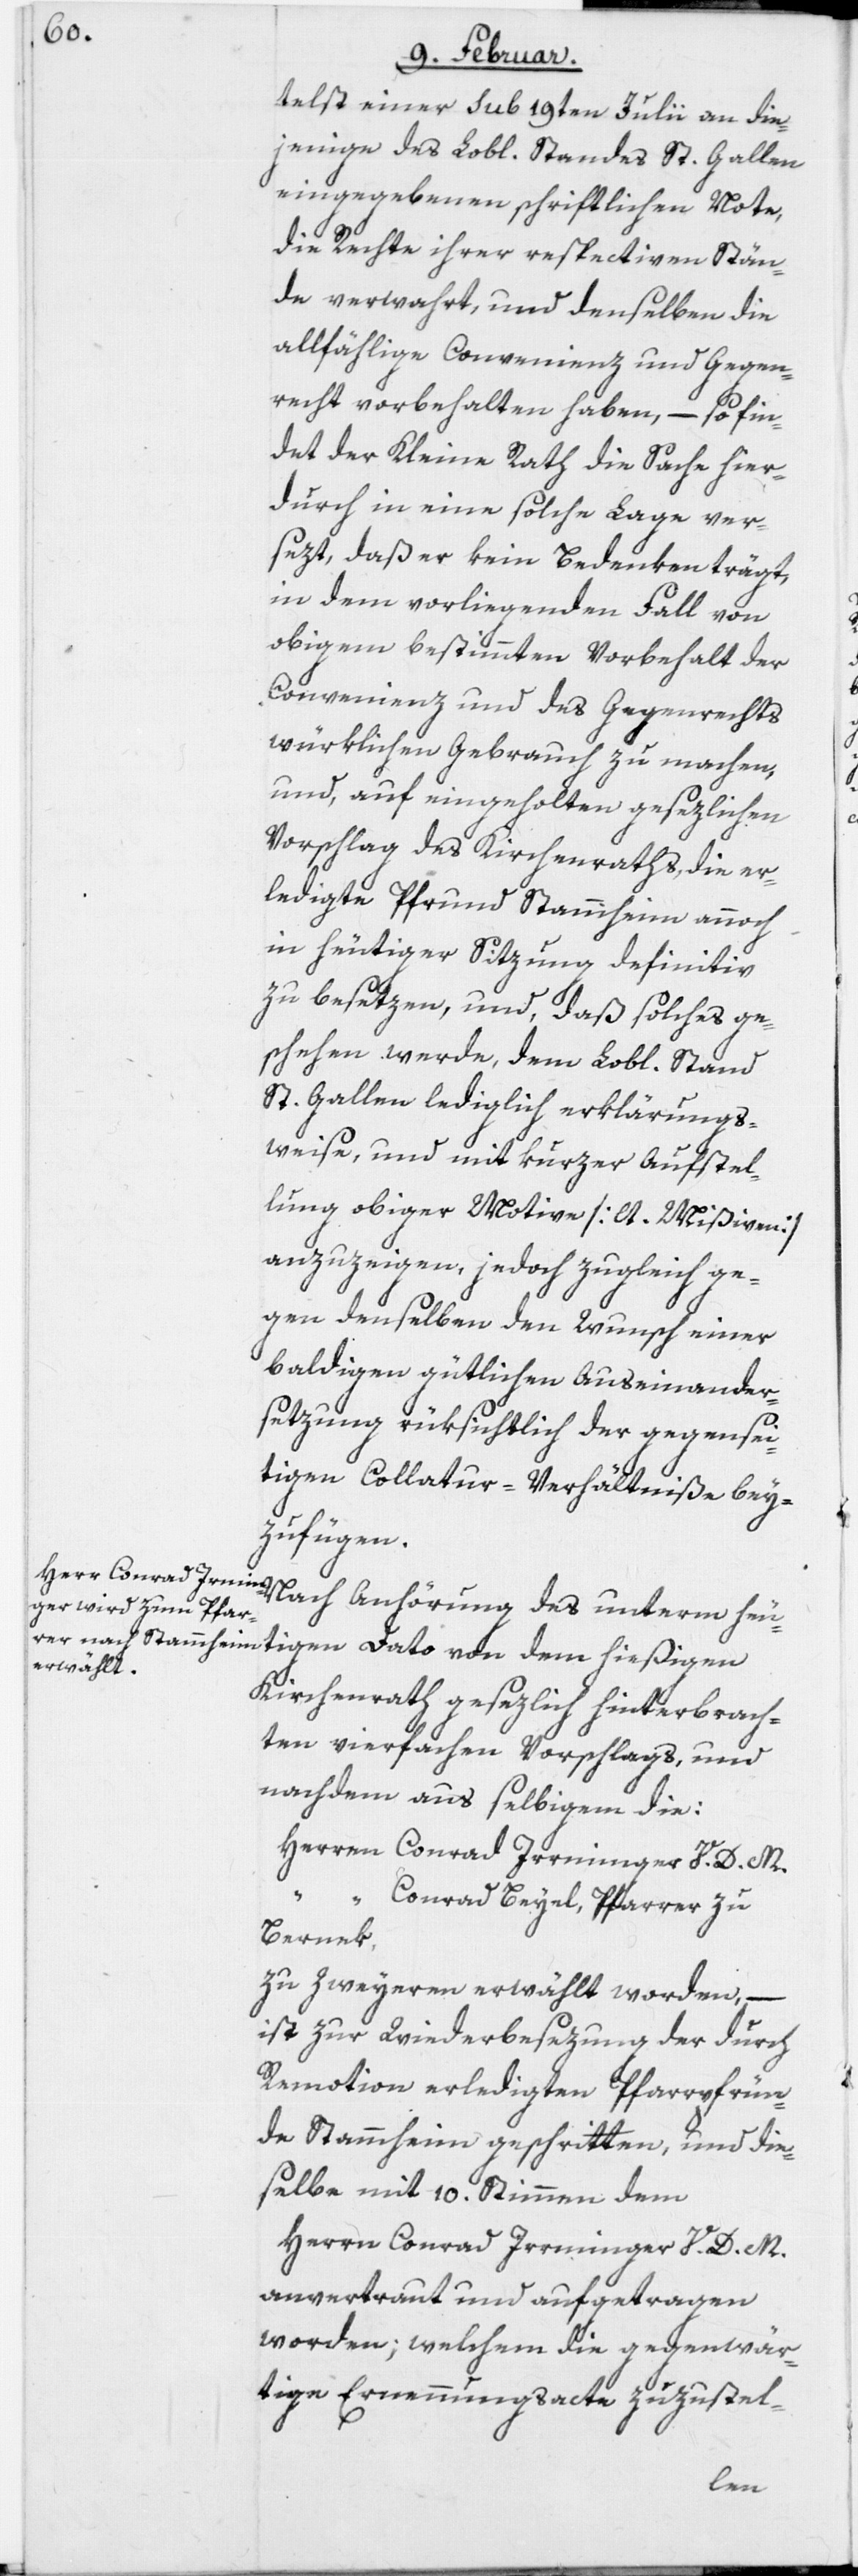
telst einer sub 19ten Julii an die¬
jenige des Lobl. Standes St. Gallen
eingegebenen schriftlichen Note,
die Rechte ihrer respectiven Stän¬
de verwahrt, und denselben die
allfählige Convenienz und Gegen¬
recht vorbehalten haben, – so fin¬
det der Kleine Rath die Sache hier¬
durch in eine solche Lage ver¬
setzt, daß er kein Bedenken trägt,
in dem vorliegenden Fall von
obigem bestimmten Vorbehalt der
Convenienz und des Gegenrechts
würklichen Gebrauch zu machen,
und, auf eingeholten gesezlichen
Vorschlag des Kirchenraths, die er¬
ledigte Pfrund Stammheim annoch
in heutiger Sitzung definitiv
zu besetzen, und, daß solches ge¬
schehen werde, dem Lobl. Stand
St. Gallen lediglich erklärungs¬
weise, und mit kurzer Aufstel¬
lung obiger Motive [lt. Mißiven]
anzuzeigen, jedoch zugleich ge¬
gen denselben den Wunsch einer
baldigen gütlichen Auseinander¬
setzung rüksichtlich der gegensei¬
tigen Collatur-Verhältniße bey¬
zufügen.
Nach Anhörung des unterm heu¬
tigen Dato von dem hießigen
Kirchenrath gesezlich hinterbrach¬
ten vierfachen Vorschlags, und
nachdem aus selbigem die:
“ Conrad Beyel, Pfarrer zu
Bernek,
zu Zweyeren erwählt worden, –
ist zur Wiederbesezung der durch
Remotion erledigten Pfarrpfrün¬
de Stammheim geschritten, und die¬
selbe mit 10. Stimmen dem
Herrn Conrad Irrminger V. D. M.
anvertraut und aufgetragen
worden; welchem die gegenwär¬
tige Ernennungsacte zuzustel-